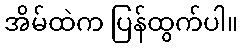
အိမ်ထဲက ပြန်ထွက်ပါ။